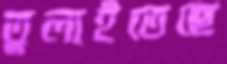
তুলাইতেছে